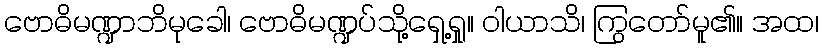
ဗောဓိမဏ္ဍာဘိမုခေါ၊ ဗောဓိမဏ္ဍပ်သို့ရှေ့ရှု။ ဝါယာသိ၊ ကြွတော်မူ၏။ အထ၊